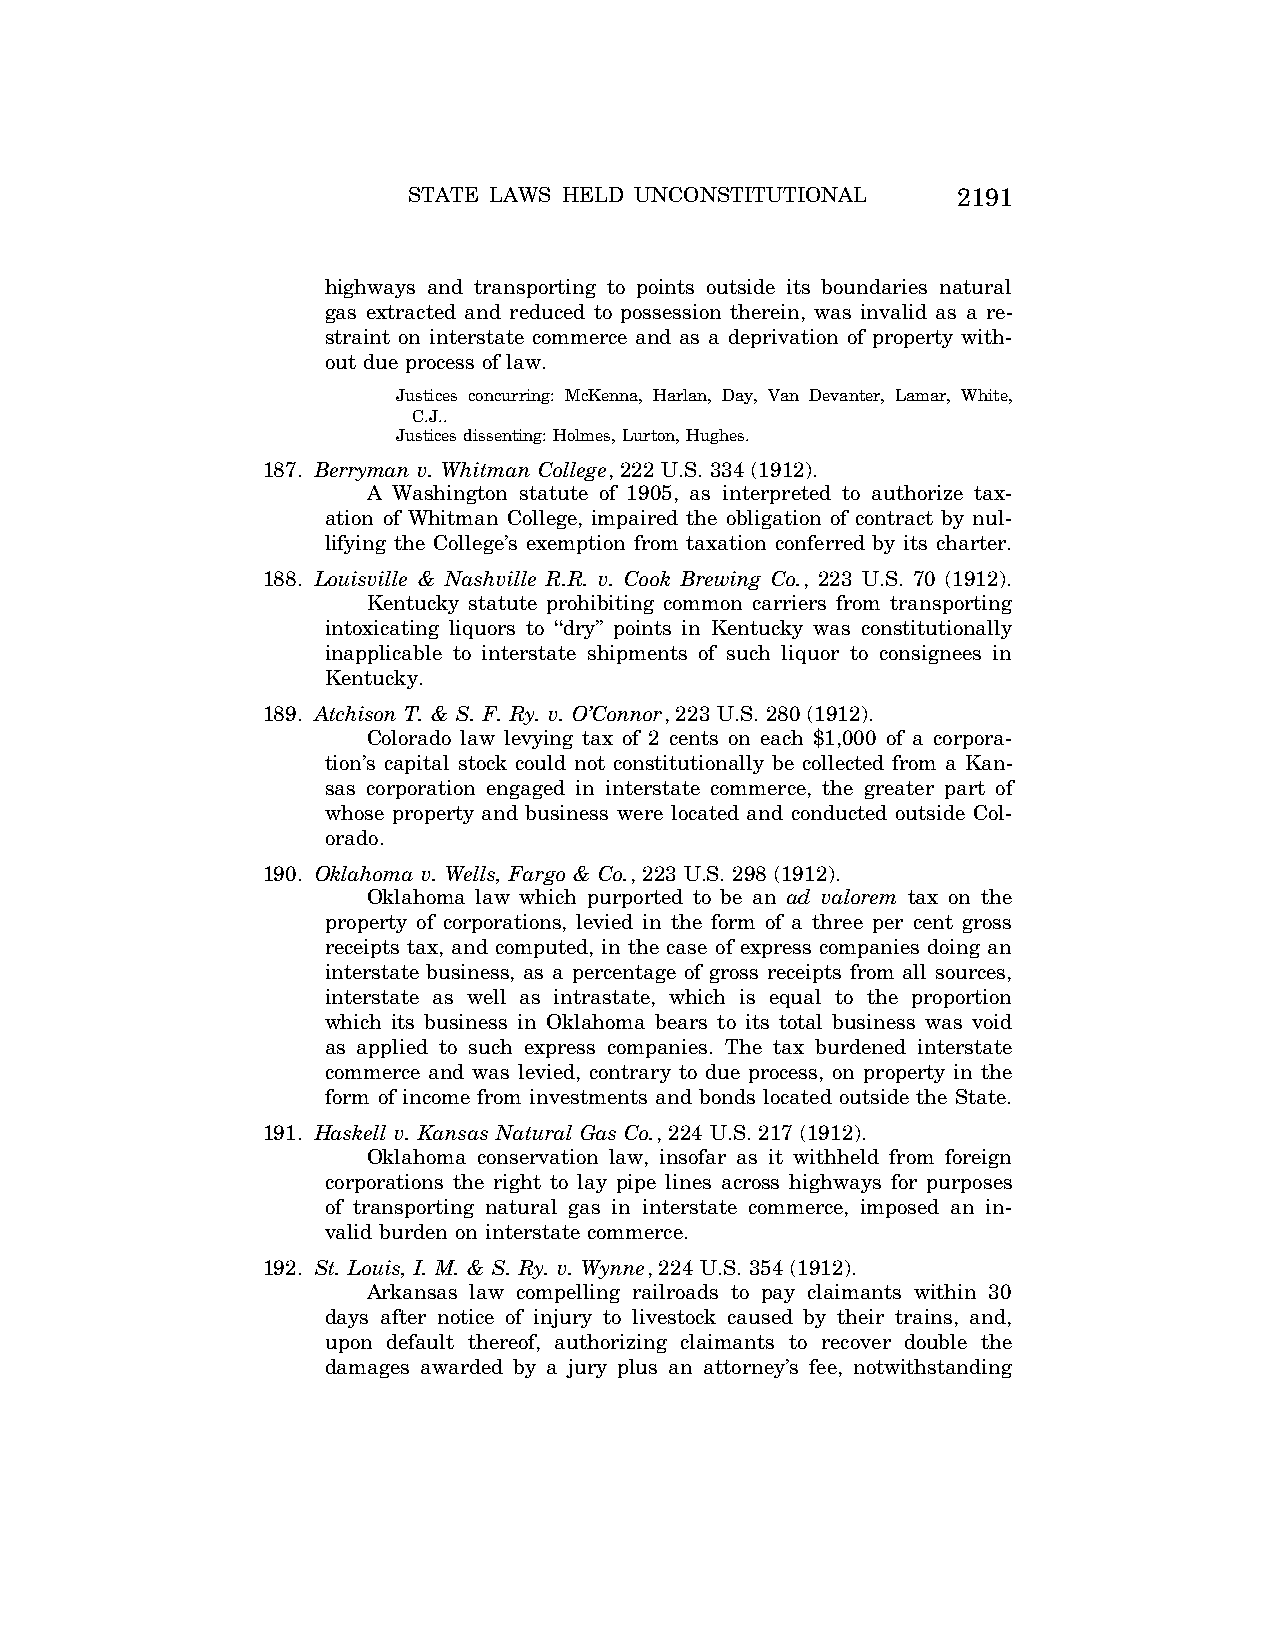
STATE LAWS HELD UNCONSTITUTIONAL    2191
 highways and transporting to points outside its boundaries natural
 gas extracted and reduced to possession therein, was invalid as a re-
 straint on interstate commerce and as a deprivation of property with-
 out due process of law.
 Justices concurring: McKenna, Harlan, Day, Van Devanter, Lamar, White,
 C.J..
 Justices dissenting: Holmes, Lurton, Hughes.
 187. Berryman v. Whitman College, 222 U.S. 334 (1912).
 A Washington statute of 1905, as interpreted to authorize tax-
 ation of Whitman College, impaired the obligation of contract by nul-
 lifying the College’s exemption from taxation conferred by its charter.
 188. Louisville & Nashville R.R. v. Cook Brewing Co., 223 U.S. 70 (1912).
 Kentucky statute prohibiting common carriers from transporting
 intoxicating liquors to ‘‘dry’’ points in Kentucky was constitutionally
 inapplicable to interstate shipments of such liquor to consignees in
 Kentucky.
 189. Atchison T. & S. F. Ry. v. O’Connor, 223 U.S. 280 (1912).
 Colorado law levying tax of 2 cents on each $1,000 of a corpora-
 tion’s capital stock could not constitutionally be collected from a Kan-
 sas corporation engaged in interstate commerce, the greater part of
 whose property and business were located and conducted outside Col-
 orado.
 190. Oklahoma v. Wells, Fargo & Co., 223 U.S. 298 (1912).
 Oklahoma law which purported to be an ad valorem tax on the
 property of corporations, levied in the form of a three per cent gross
 receipts tax, and computed, in the case of express companies doing an
 interstate business, as a percentage of gross receipts from all sources,
 interstate as well as intrastate, which is equal to the proportion
 which its business in Oklahoma bears to its total business was void
 as applied to such express companies. The tax burdened interstate
 commerce and was levied, contrary to due process, on property in the
 form of income from investments and bonds located outside the State.
 191. Haskell v. Kansas Natural Gas Co., 224 U.S. 217 (1912).
 Oklahoma conservation law, insofar as it withheld from foreign
 corporations the right to lay pipe lines across highways for purposes
 of transporting natural gas in interstate commerce, imposed an in-
 valid burden on interstate commerce.
 192. St. Louis, I. M. & S. Ry. v. Wynne, 224 U.S. 354 (1912).
 Arkansas law compelling railroads to pay claimants within 30
 days after notice of injury to livestock caused by their trains, and,
 upon default thereof, authorizing claimants to recover double the
 damages awarded by a jury plus an attorney’s fee, notwithstanding
 VerDate Aug<04>2004 12:57 Aug 23, 2004 Jkt 077500 PO 00000 Frm 00031 Fmt 8222 Sfmt 8222 C:\CONAN\CON064.SGM PRFM99 PsN: CON064